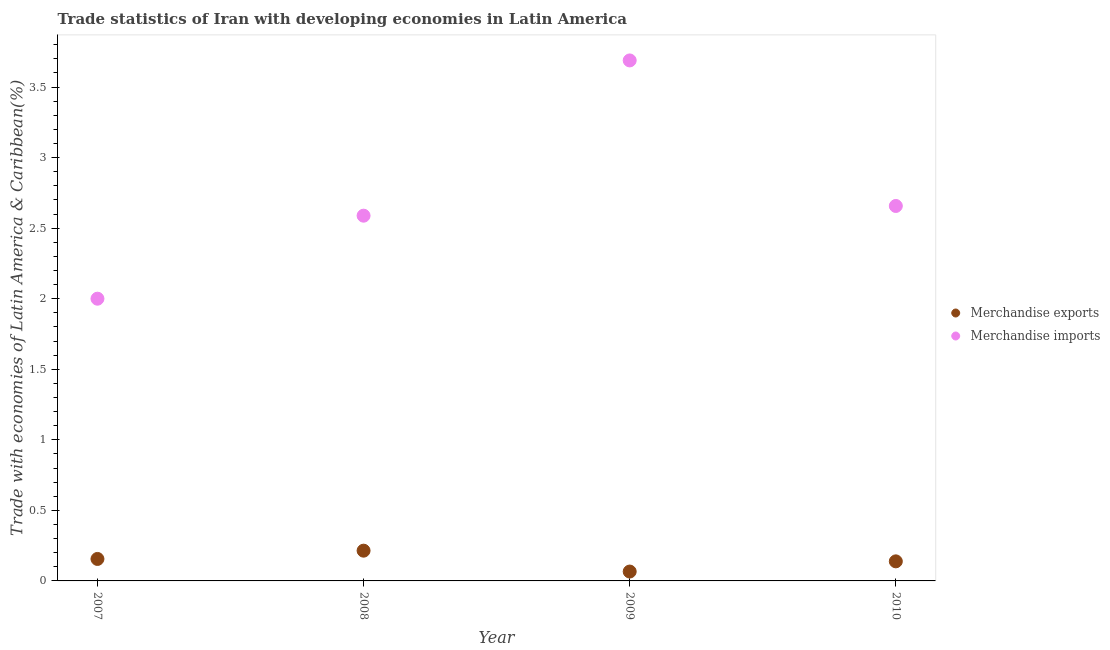
| Year | Merchandise exports | Merchandise imports |
 | --- | --- | --- |
 | 2007 | 0.156 | 2 |
 | 2008 | 0.214 | 2.59 |
 | 2009 | 0.0664 | 3.69 |
 | 2010 | 0.139 | 2.66 |